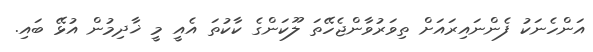
އަންހެނަކު ފެންނައިރައަށް ތިވަރުވާންޖެހޭތަ ލޫކަންގެ ކާކުތަ އެއީ މީ ޚާދިމުން އުޅޭ ބައި.